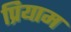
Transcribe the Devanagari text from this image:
प्रियाम